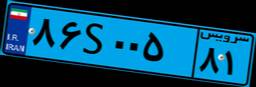
۸۶S۰۰۵۸۱